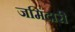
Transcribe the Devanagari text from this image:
जमिंदारी